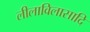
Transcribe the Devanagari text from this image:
लीलाविलासादि